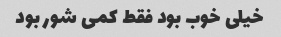
خیلی خوب بود فقط کمی شور بود